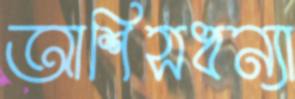
আশিসধন্যা